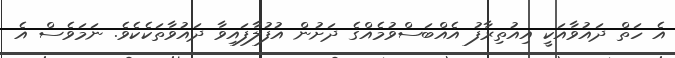
އެ ހަތް ދައުވާއަކީ އިއުތިރާފު އެއްބަސްވުމެއްގެ ދަށުން އުފުލާފައިވާ ދައުވާތަކެކެވެ. ނަމަވެސް އެ